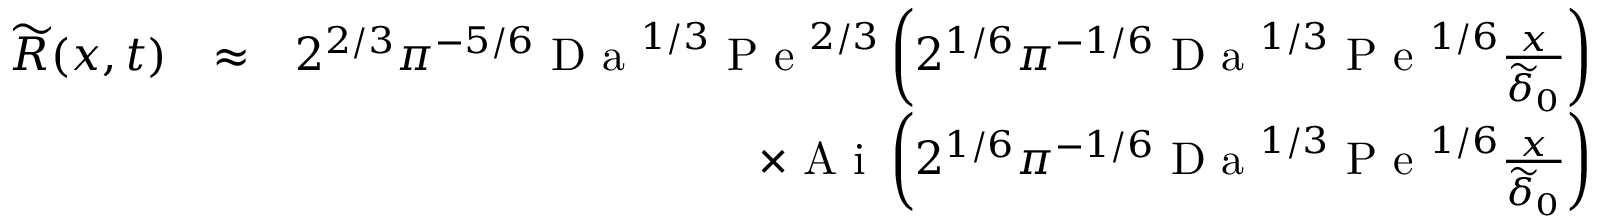
\begin{array} { r l r } { \widetilde { R } ( x , t ) } & { \approx } & { 2 ^ { 2 / 3 } \pi ^ { - 5 / 6 } \textrm { D a } ^ { 1 / 3 } \textrm { P e } ^ { 2 / 3 } \left( 2 ^ { 1 / 6 } \pi ^ { - 1 / 6 } \textrm { D a } ^ { 1 / 3 } \textrm { P e } ^ { 1 / 6 } \frac { x } { \widetilde { \delta } _ { 0 } } \right) } \\ & { } & { \times \textrm { A i } \left( 2 ^ { 1 / 6 } \pi ^ { - 1 / 6 } \textrm { D a } ^ { 1 / 3 } \textrm { P e } ^ { 1 / 6 } \frac { x } { \widetilde { \delta } _ { 0 } } \right) } \end{array}